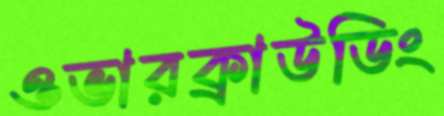
ওভারক্রাউডিং